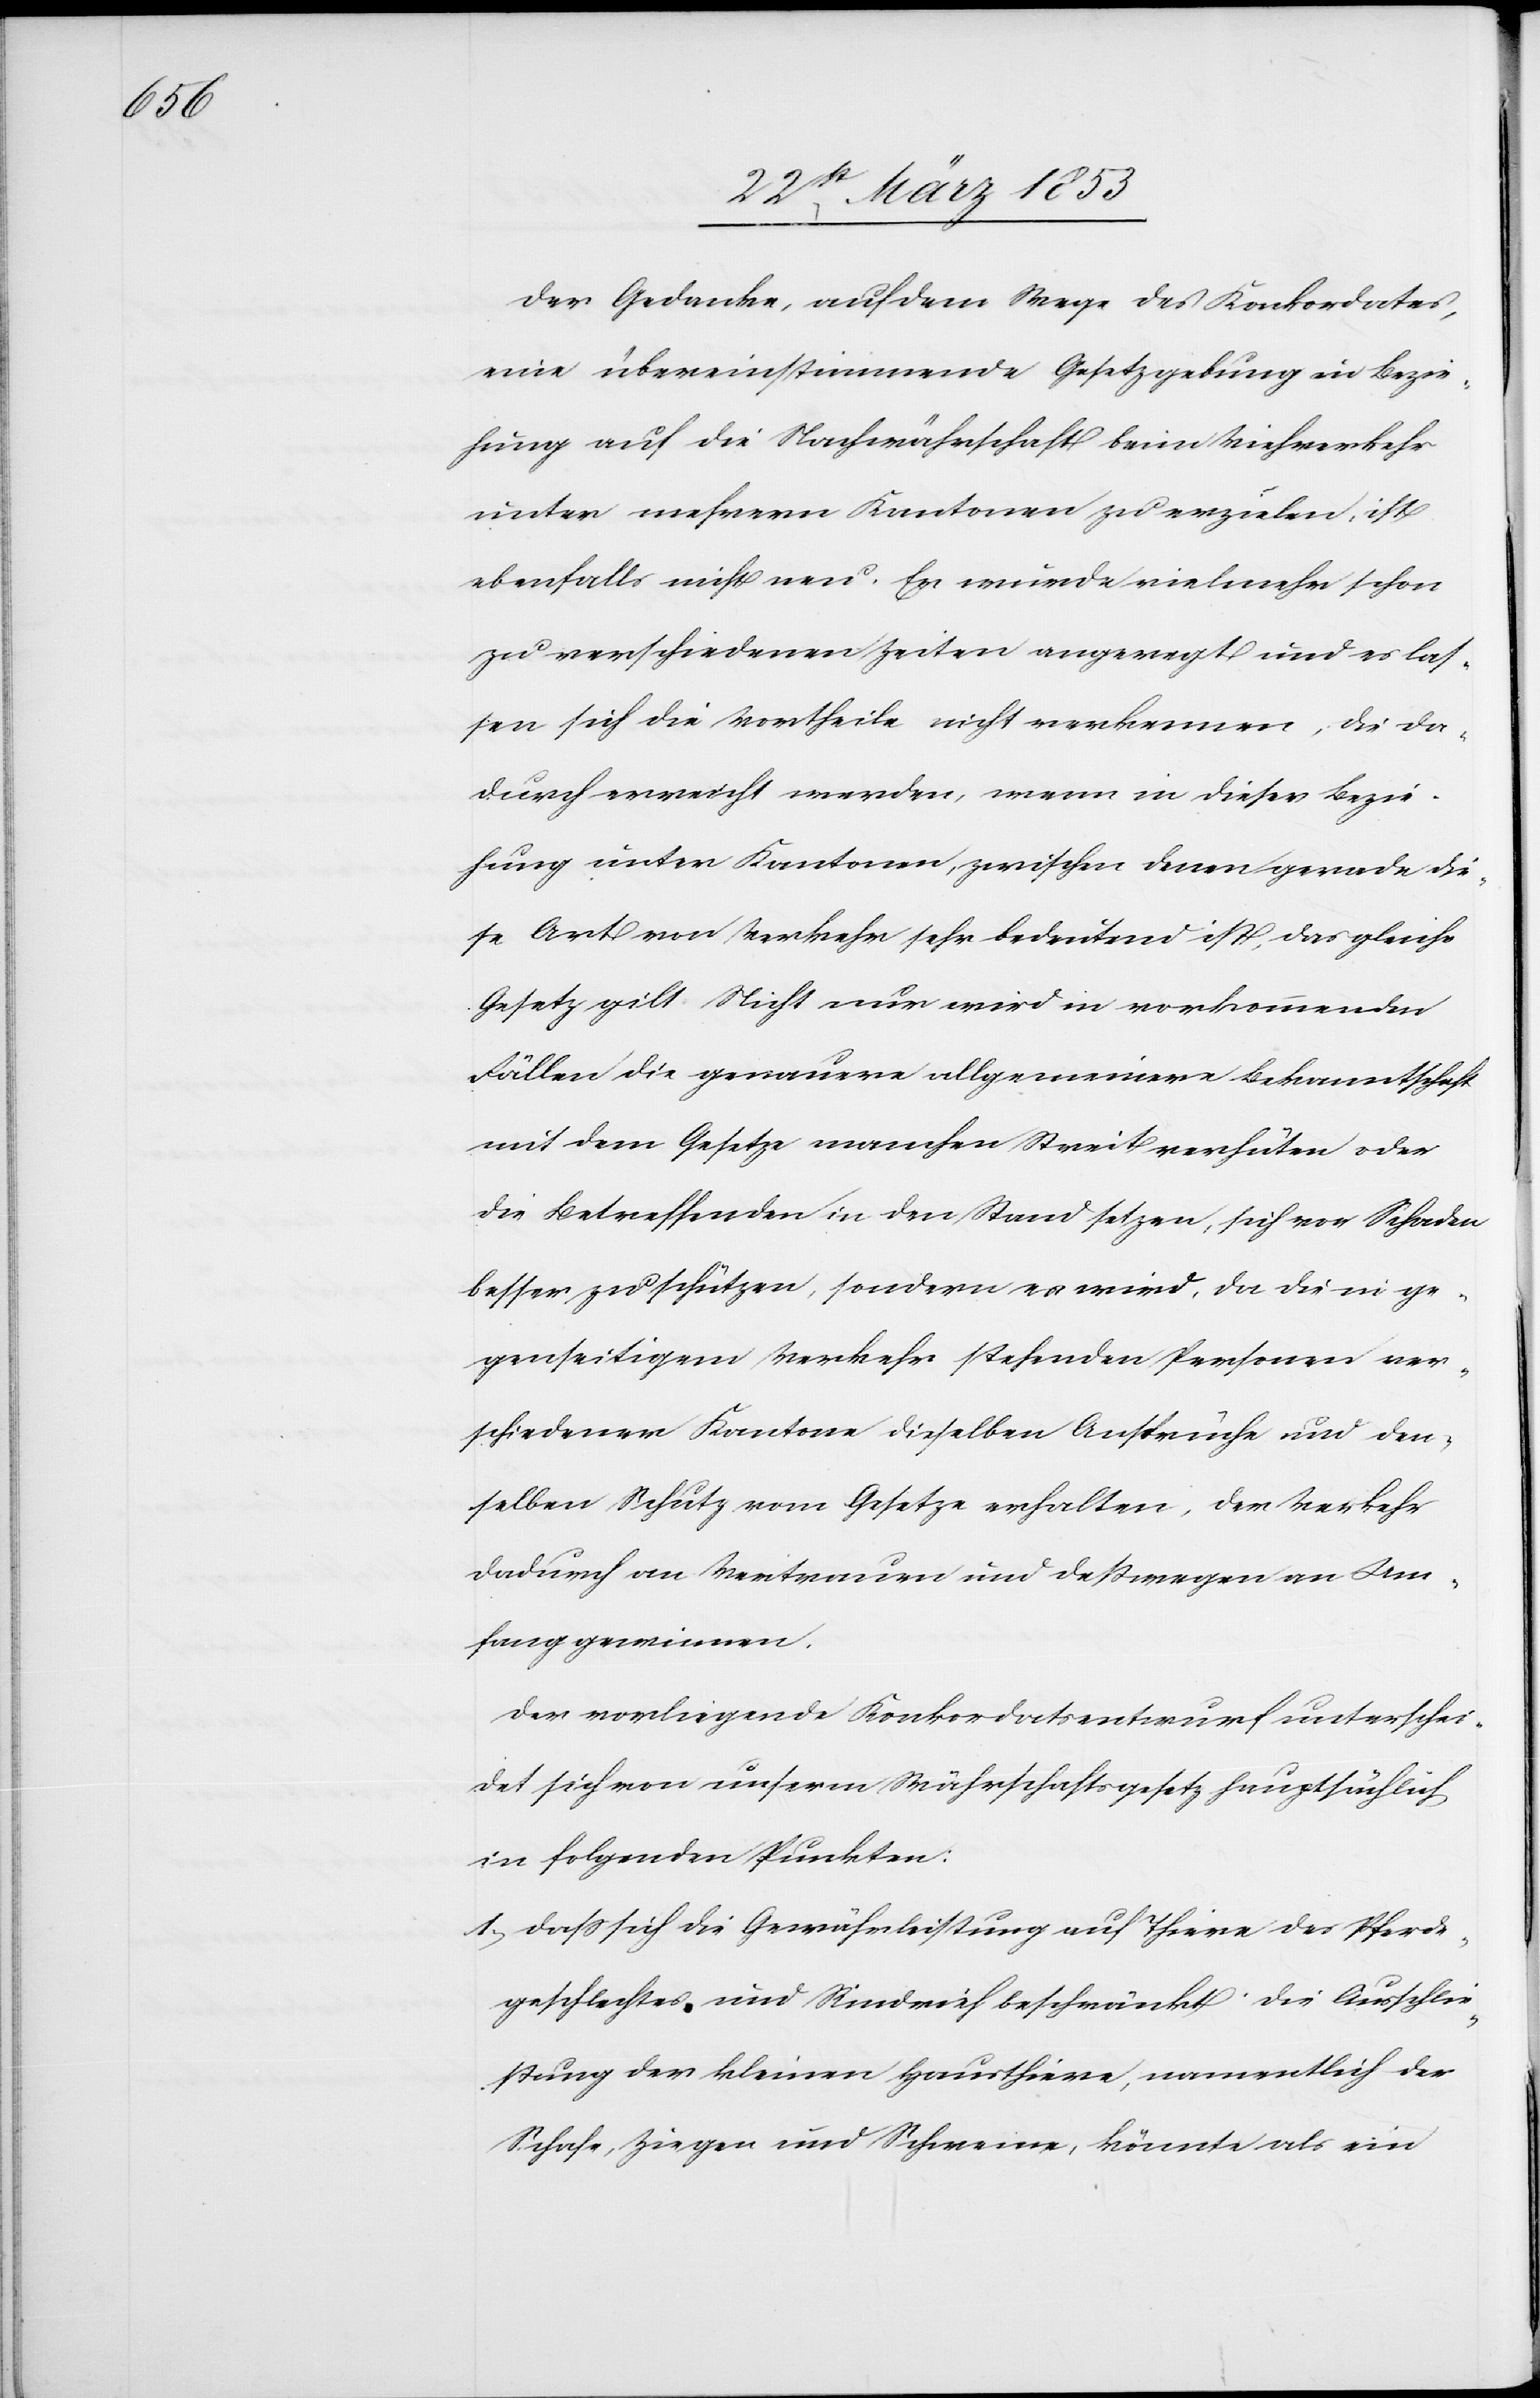
Der Gedanke, auf dem Wege des Konkordates,
eine übereinstimmende Gesetzgebung in Bezie¬
hung auf die Nachwährschaft beim Viehverkehr
unter mehrern Kantonen zu erzielen, ist
ebenfalls nicht neu. Er wurde vielmehr schon
zu verschiedenen Zeiten angeregt und es las¬
sen sich die Vortheile nicht verkennen, die da¬
durch erreicht werden, wenn in dieser Bezie¬
hung unter Kantonen, zwischen denen gerade die¬
se Art von Verkehr sehr bedeutend ist, das gleiche
Gesetz gilt. Nicht nur wird in vorkommenden
Fällen die genauere allgemeinere Bekanntschaft
mit dem Gesetze manchen Streit verhüten oder
die Betreffenden in den Stand setzen, sich vor Schaden
besser zu schützen, sondern es wird, da die in ge¬
genseitigem Verkehr stehenden Personen ver¬
schiedener Kantone dieselben Ansprüche und den¬
selben Schutz vom Gesetze erhalten, der Verkehr
dadurch an Vertrauen und deßwegen an Um¬
fang gewinnen.
Der vorliegende Konkordatsentwurf unterschei¬
det sich von unserm Währschaftsgesetz hauptsächlich
in folgenden Punkten:
1, Daß sich die Gewährleistung auf Thiere des Pferde¬
geschlechts und Rindvieh beschränkt. Die Ausschlie¬
ßung der kleinen Hausthiere, namentlich der
Schafe, Ziegen und Schweine, könnte als ein